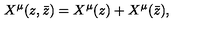
X ^ { \mu } ( z , \bar { z } ) = X ^ { \mu } ( z ) + X ^ { \mu } ( \bar { z } ) ,